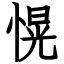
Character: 愰